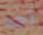
أحد